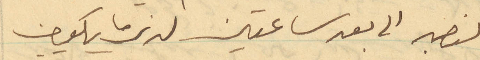
لنصبر الى بعد ساعتين لنرى ما يكون